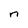
Character: n